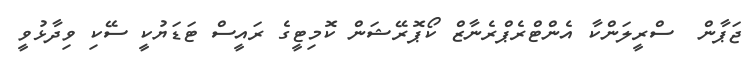
ޖަޕާން  ސްރީލަންކާ އެންޓްރެޕްރެނާޒް ކޯޕޮރޭޝަން ކޮމިޓީގެ ރައީސް ޓަޑަޔުކީ ސޭކި ވިދާޅުވީ